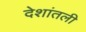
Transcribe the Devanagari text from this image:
देशांतली